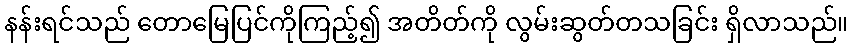
နန်းရင်သည် တောမြေပြင်ကိုကြည့်၍ အတိတ်ကို လွမ်းဆွတ်တသခြင်း ရှိလာသည်။